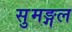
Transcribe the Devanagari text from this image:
सुमङ्गल